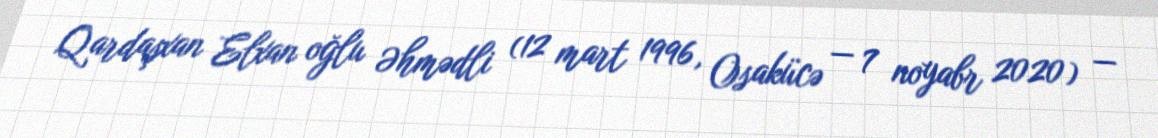
Qardaşxan Elxan oğlu Əhmədli (12 mart 1996, Osakücə — 7 noyabr 2020) —